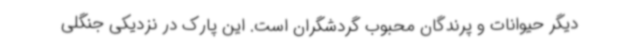
دیگر حیوانات و پرندگان محبوب گردشگران است. این پارک در نزدیکی جنگلی